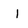
Character: I